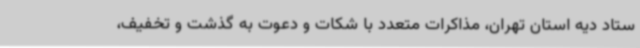
ستاد دیه استان تهران، مذاکرات متعدد با شکات و دعوت به گذشت و تخفیف،